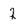
Character: 2